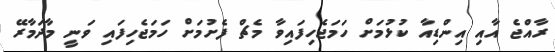
ރާއްޖެ އާއި އިންޑިއާ ކުޅުމަށް ހަމަޖެހިފައިވާ މެޗް ފެށުމަށް ހަމަޖެހިފައި ވަނީ މާދަމާރޭ